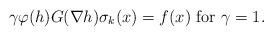
\begin{align*}\gamma\varphi(h)G(\nabla h)\sigma_{k}(x)=f(x)\ {\rm for} \ \gamma=1.\end{align*}